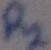
Text: R2